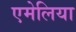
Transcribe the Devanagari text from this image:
एमेलिया